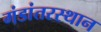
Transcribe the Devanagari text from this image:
गंडांतरस्थान